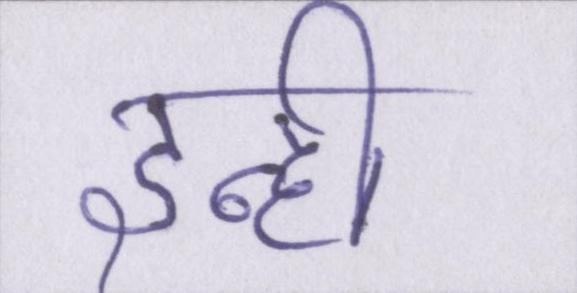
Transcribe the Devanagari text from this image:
इन्ही